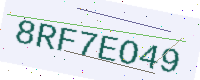
Text: 8RF7EO49